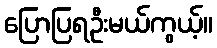
ပြောပြရဦးမယ်ကွယ့်။